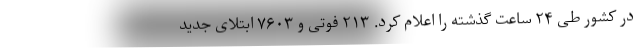
در کشور طی ۲۴ ساعت گذشته را اعلام کرد. ۲۱۳ فوتی و ۷۶۰۳ ابتلای جدید